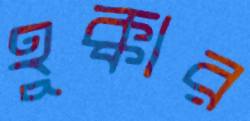
হুক্কার